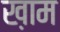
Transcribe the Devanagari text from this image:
ख़ाम